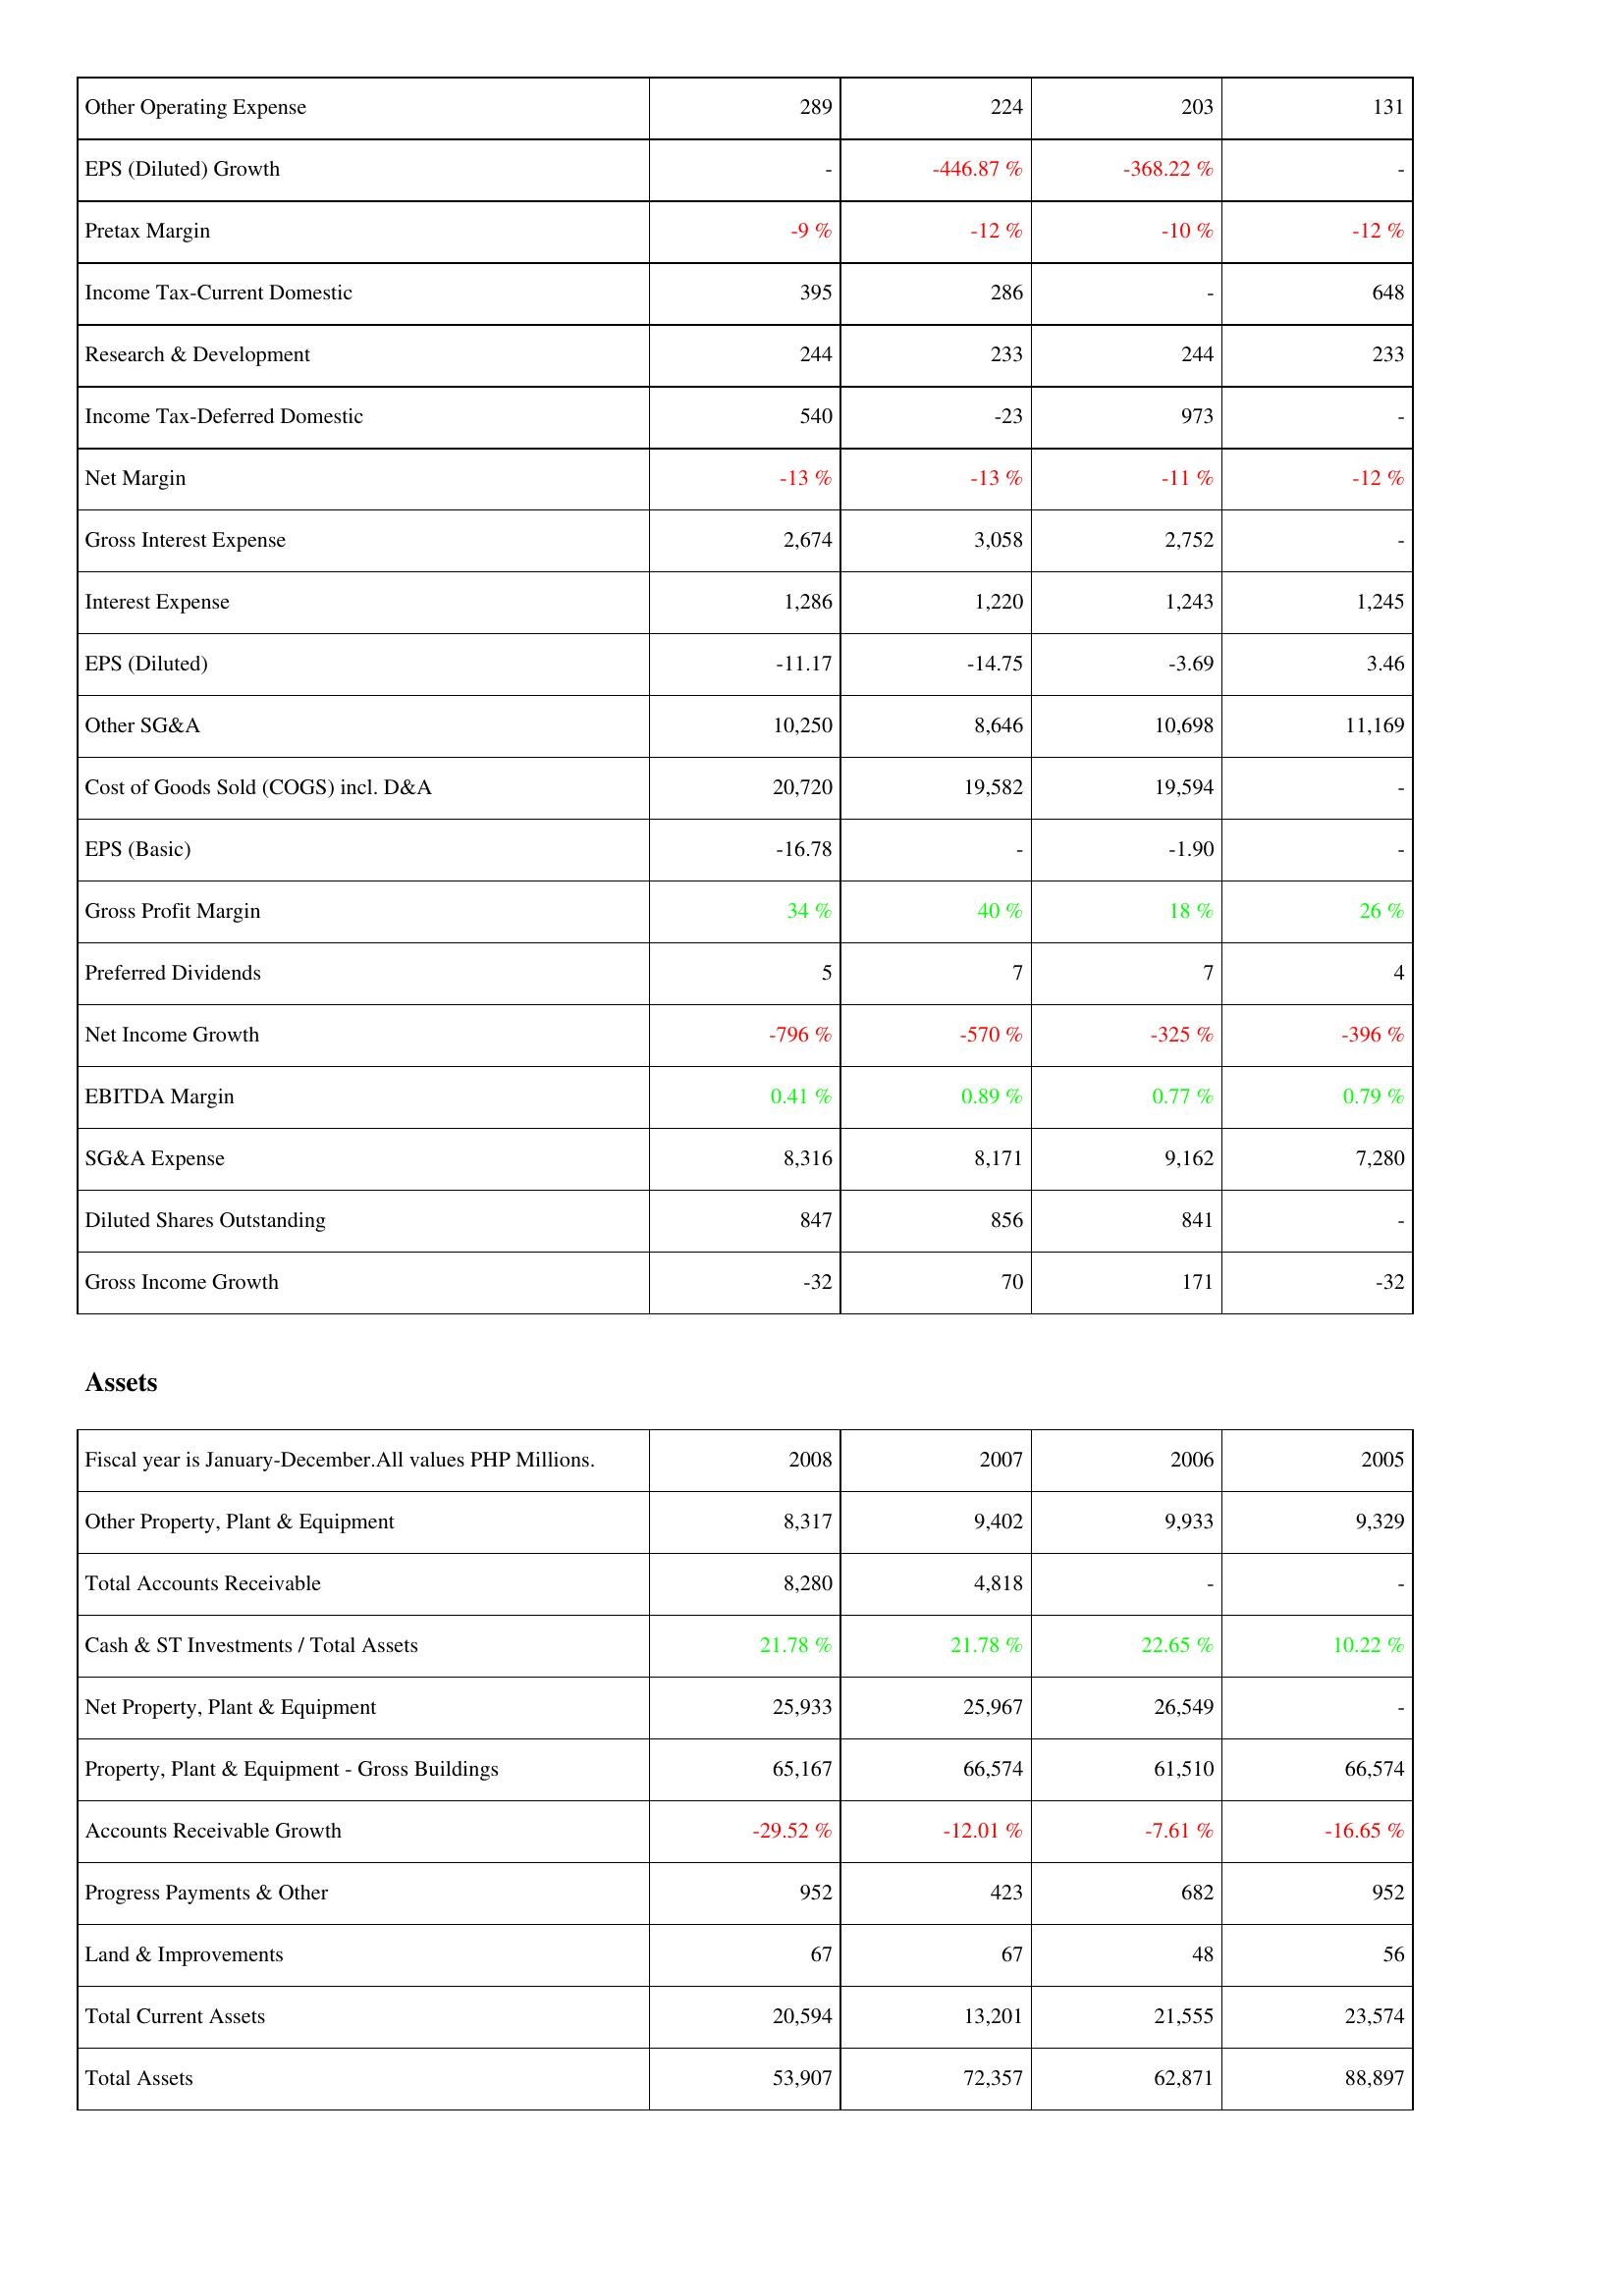
2008: Income Statement: Other Operating Expense: 289
EPS (Diluted) Growth: -
Pretax Margin: -9 %
Income Tax-Current Domestic: 395
Research & Development: 244
Income Tax-Deferred Domestic: 540
Net Margin: -13 %
Gross Interest Expense: 2,674
Interest Expense: 1,286
EPS (Diluted): -11.17
Other SG&A: 10,250
Cost of Goods Sold (COGS) incl. D&A: 20,720
EPS (Basic): -16.78
Gross Profit Margin: 34 %
Preferred Dividends: 5
Net Income Growth: -796 %
EBITDA Margin: 0.41 %
SG&A Expense: 8,316
Diluted Shares Outstanding: 847
Gross Income Growth: -32
Assets: Other Property, Plant & Equipment: 8,317
Total Accounts Receivable: 8,280
Cash & ST Investments / Total Assets: 21.78 %
Net Property, Plant & Equipment: 25,933
Property, Plant & Equipment - Gross Buildings: 65,167
Accounts Receivable Growth: -29.52 %
Progress Payments & Other: 952
Land & Improvements: 67
Total Current Assets: 20,594
Total Assets: 53,907
2007: Income Statement: Other Operating Expense: 224
EPS (Diluted) Growth: -446.87 %
Pretax Margin: -12 %
Income Tax-Current Domestic: 286
Research & Development: 233
Income Tax-Deferred Domestic: -23
Net Margin: -13 %
Gross Interest Expense: 3,058
Interest Expense: 1,220
EPS (Diluted): -14.75
Other SG&A: 8,646
Cost of Goods Sold (COGS) incl. D&A: 19,582
EPS (Basic): -
Gross Profit Margin: 40 %
Preferred Dividends: 7
Net Income Growth: -570 %
EBITDA Margin: 0.89 %
SG&A Expense: 8,171
Diluted Shares Outstanding: 856
Gross Income Growth: 70
Assets: Other Property, Plant & Equipment: 9,402
Total Accounts Receivable: 4,818
Cash & ST Investments / Total Assets: 21.78 %
Net Property, Plant & Equipment: 25,967
Property, Plant & Equipment - Gross Buildings: 66,574
Accounts Receivable Growth: -12.01 %
Progress Payments & Other: 423
Land & Improvements: 67
Total Current Assets: 13,201
Total Assets: 72,357
2006: Income Statement: Other Operating Expense: 203
EPS (Diluted) Growth: -368.22 %
Pretax Margin: -10 %
Income Tax-Current Domestic: -
Research & Development: 244
Income Tax-Deferred Domestic: 973
Net Margin: -11 %
Gross Interest Expense: 2,752
Interest Expense: 1,243
EPS (Diluted): -3.69
Other SG&A: 10,698
Cost of Goods Sold (COGS) incl. D&A: 19,594
EPS (Basic): -1.90
Gross Profit Margin: 18 %
Preferred Dividends: 7
Net Income Growth: -325 %
EBITDA Margin: 0.77 %
SG&A Expense: 9,162
Diluted Shares Outstanding: 841
Gross Income Growth: 171
Assets: Other Property, Plant & Equipment: 9,933
Total Accounts Receivable: -
Cash & ST Investments / Total Assets: 22.65 %
Net Property, Plant & Equipment: 26,549
Property, Plant & Equipment - Gross Buildings: 61,510
Accounts Receivable Growth: -7.61 %
Progress Payments & Other: 682
Land & Improvements: 48
Total Current Assets: 21,555
Total Assets: 62,871
2005: Income Statement: Other Operating Expense: 131
EPS (Diluted) Growth: -
Pretax Margin: -12 %
Income Tax-Current Domestic: 648
Research & Development: 233
Income Tax-Deferred Domestic: -
Net Margin: -12 %
Gross Interest Expense: -
Interest Expense: 1,245
EPS (Diluted): 3.46
Other SG&A: 11,169
Cost of Goods Sold (COGS) incl. D&A: -
EPS (Basic): -
Gross Profit Margin: 26 %
Preferred Dividends: 4
Net Income Growth: -396 %
EBITDA Margin: 0.79 %
SG&A Expense: 7,280
Diluted Shares Outstanding: -
Gross Income Growth: -32
Assets: Other Property, Plant & Equipment: 9,329
Total Accounts Receivable: -
Cash & ST Investments / Total Assets: 10.22 %
Net Property, Plant & Equipment: -
Property, Plant & Equipment - Gross Buildings: 66,574
Accounts Receivable Growth: -16.65 %
Progress Payments & Other: 952
Land & Improvements: 56
Total Current Assets: 23,574
Total Assets: 88,897